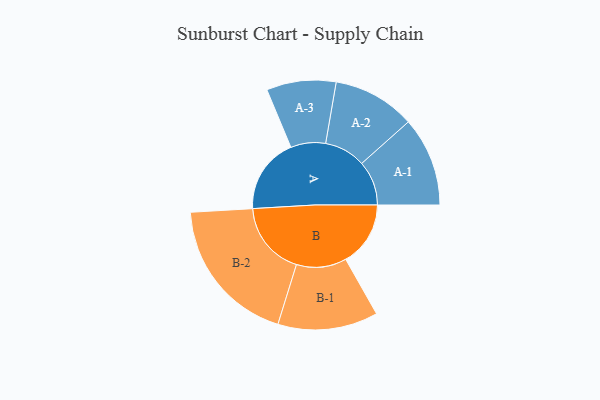
{"axis": {"x": "Segment", "y": "Value"}, "legend": ["", "A", "B"], "data": [{"x": "A", "y": 222, "type": ""}, {"x": "B", "y": 190, "type": ""}, {"x": "A-1", "y": 131, "type": "A"}, {"x": "A-2", "y": 121, "type": "A"}, {"x": "A-3", "y": 102, "type": "A"}, {"x": "B-1", "y": 147, "type": "B"}, {"x": "B-2", "y": 218, "type": "B"}]}